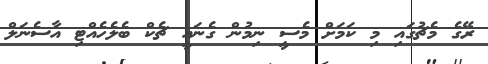
ރޭގެ މެޗުގައި މި ކަމަށް މެސީ ނިމުން ގެނައީ ޗެކް ބެލެހެއްޓި އާސެނަލް